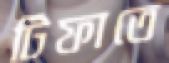
টিফাতে